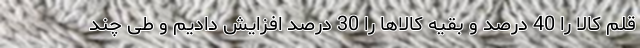
قلم کالا را 40 درصد و بقیه کالاها را 30 درصد افزایش دادیم و طی چند